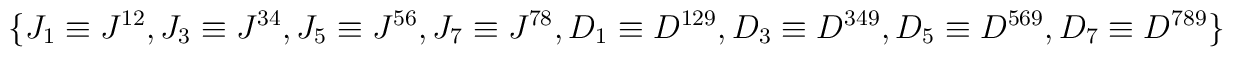
\{ J_1 \equiv J^{12}, J_3 \equiv J^{34}, J_5 \equiv J^{56}, J_7 \equiv J^{78}, D_1 \equiv D^{129}, D_3 \equiv D^{349}, D_5 \equiv D^{569}, D_7 \equiv D^{789} \}